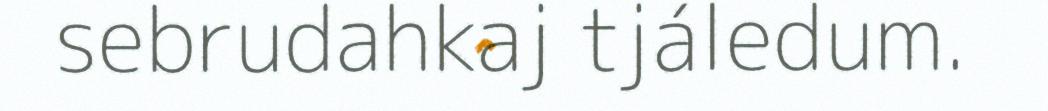
sebrudahkaj tjáledum.